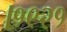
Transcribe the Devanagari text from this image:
।१९२१